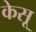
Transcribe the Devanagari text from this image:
केसू